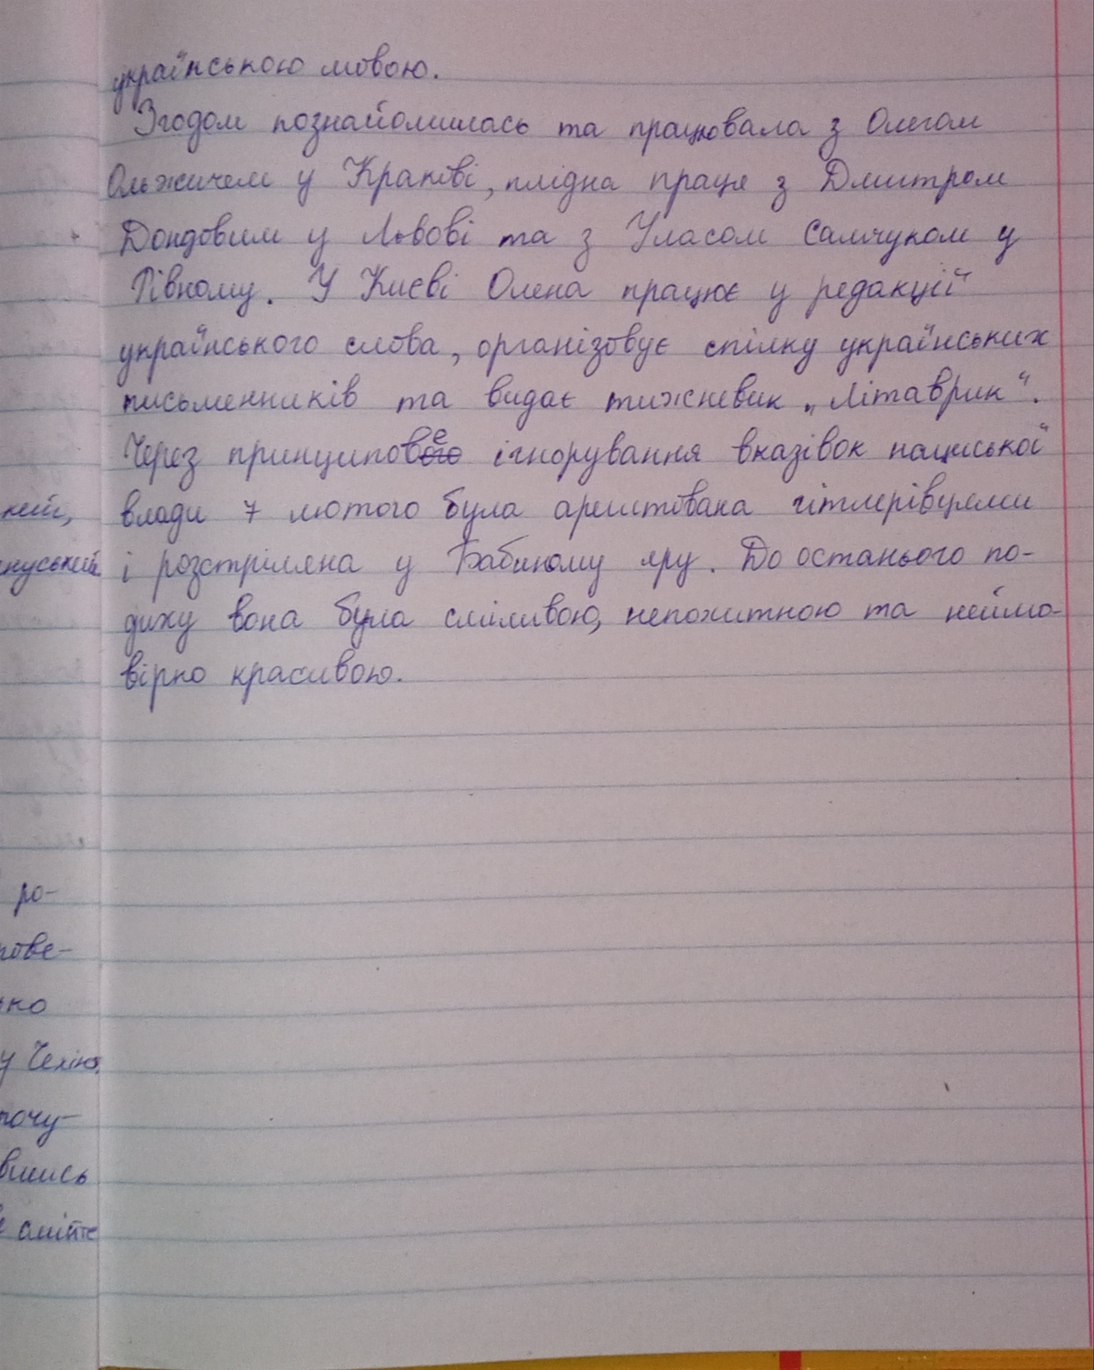
українською мовою.
Згодом познайомилась та працювала з Олегом
Ольжичем у Кракові, плідна праця з Дмитром
Донцовим у Львові та з Уласом Самчуком у
Рівному. У Києві Олена працює у редакції
українського слова, організовує спілку українських
письменників та видає тижневик „Літаврик“.
Через принципов~~ого~~{е} ігнорування вказівок нациської
влади 7 лютого була арештована гітлерівцями
кий,
і розстріляна у Бабиному яру. До останнього по-
нуський.
диху вона була сміливою, непохитною та неймо-
вірно красивою.
ро-
гове-
но
у Чехію
чочу-
вшись
і смійте